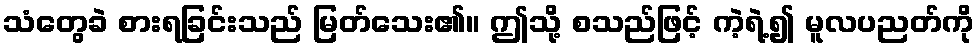
သံတွေခဲ စားရခြင်းသည် မြတ်သေး၏။ ဤသို့ စသည်ဖြင့် ကဲ့ရဲ့၍ မူလပညတ်ကို